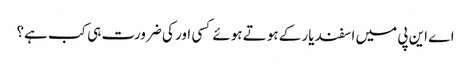
اے این پی میں اسفند یار کے ہوتے ہوئے کسی اور کی ضرورت ہی کب ہے؟